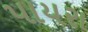
પાયરા